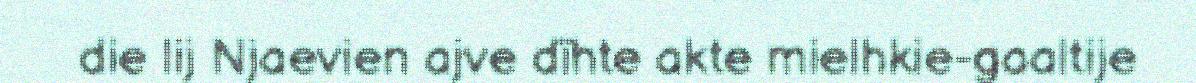
die lij Njaevien ajve dïhte akte mielhkie-gaaltije